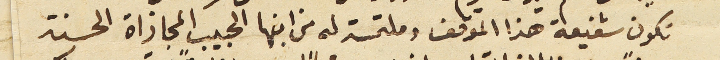
تكون شفيعة هذا الوقف وملتمسة له من ابنها الحبيب المجازاة الحسنة